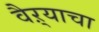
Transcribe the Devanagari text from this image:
वैऱ्याचा